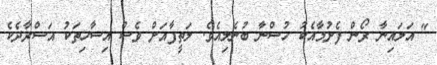
" އަލައިނާ ރޯން ފެށުމާއެކު ހުސްނާ ބުނެލިއެވެ. ލަތީފާއަށް ވެސް އިސާހިތަކު އަސްރާދެކެ